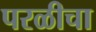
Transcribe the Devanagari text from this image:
परळीचा